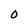
Character: 0